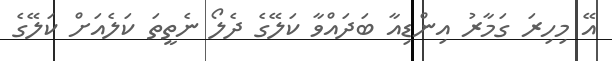
އޭ މިހިރަ ގަމާރު އިންޑިއާ ބަދައްވާ ކަލޭގެ ދެލޯ ނެތީތަ ކަލެއަށް ކަލޭގެ